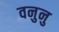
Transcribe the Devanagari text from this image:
वनुनु